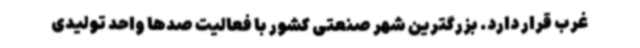
غرب قرار دارد. بزرگترین شهر صنعتی کشور با فعالیت صدها واحد تولیدی